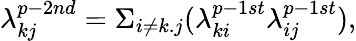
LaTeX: \lambda_{kj}^{p-2nd}=\Sigma_{i\neq k.j}(\lambda_{ki}^{p-1st}\lambda_{ij}^{p-1st}),